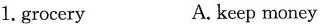
1. grocery A. keep money